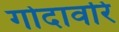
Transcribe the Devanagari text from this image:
गोदावरि